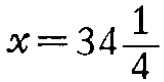
$x = 34\frac{1}{4}$